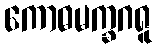
ကောဓမက္ခဂရူ